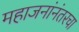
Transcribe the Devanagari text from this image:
महाजनांनंतरचा